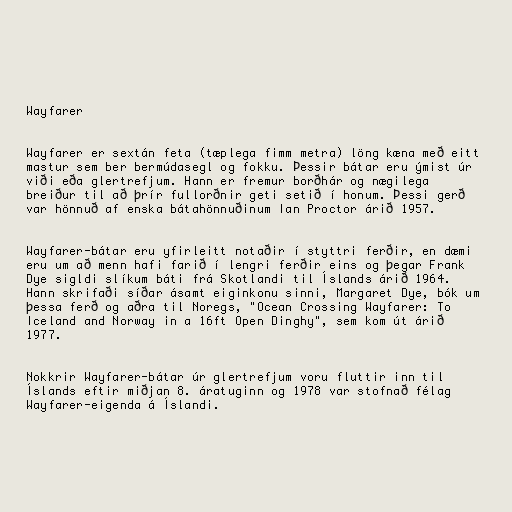
Wayfarer

Wayfarer er sextán feta (tæplega fimm metra) löng kæna með eitt
mastur sem ber bermúdasegl og fokku. Þessir bátar eru ýmist úr
viði eða glertrefjum. Hann er fremur borðhár og nægilega
breiður til að þrír fullorðnir geti setið í honum. Þessi gerð
var hönnuð af enska bátahönnuðinum Ian Proctor árið 1957.

Wayfarer-bátar eru yfirleitt notaðir í styttri ferðir, en dæmi
eru um að menn hafi farið í lengri ferðir eins og þegar Frank
Dye sigldi slíkum báti frá Skotlandi til Íslands árið 1964.
Hann skrifaði síðar ásamt eiginkonu sinni, Margaret Dye, bók um
þessa ferð og aðra til Noregs, "Ocean Crossing Wayfarer: To
Iceland and Norway in a 16ft Open Dinghy", sem kom út árið
1977.

Nokkrir Wayfarer-bátar úr glertrefjum voru fluttir inn til
Íslands eftir miðjan 8. áratuginn og 1978 var stofnað félag
Wayfarer-eigenda á Íslandi.